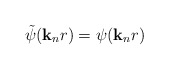
\begin{align*}{\tilde{\psi}}({\bf{k}}_{n}r) = \psi({\bf{k}}_{n}r)\end{align*}